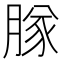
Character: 𬛊